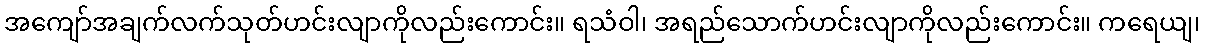
အကျော်အချက်လက်သုတ်ဟင်းလျာကိုလည်းကောင်း။ ရသံဝါ၊ အရည်သောက်ဟင်းလျာကိုလည်းကောင်း။ ကရေယျ၊